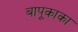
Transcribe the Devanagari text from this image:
बापूकाका